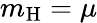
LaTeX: m_{\mathrm{H}}=\mu